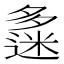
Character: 𡗅